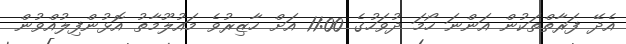
އެދޭ ފަރާތްތަކުން އަންނަ ހޯމަ ދުވަހުގެ 11:00 އަށް ހާޒިރުވެ މައުލޫމާތު އޮޅުންފިލުއްވުން